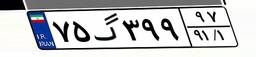
۲۳گ۷۸۲۵۱